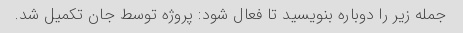
جمله زیر را دوباره بنویسید تا فعال شود: پروژه توسط جان تکمیل شد.